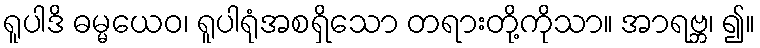
ရူပါဒိ ဓမ္မယေဝ၊ ရူပါရုံအစရှိသော တရားတို့ကိုသာ။ အာရဗ္ဘ၊ ၍။